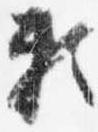
頼